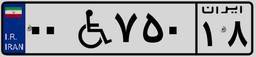
۰۹W۳۷۰۲۶